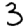
Digit: 3